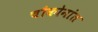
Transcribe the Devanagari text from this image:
चौकोनांत